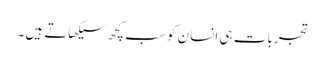
تجربات ہی انسان کو سب کچھ سیکھاتے ہیں۔